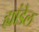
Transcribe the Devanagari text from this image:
ह्यांडेल